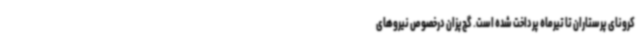
کرونای پرستاران تا تیرماه پرداخت شده است. گچ‌پزان درخصوص نیروهای